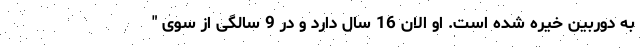
به دوربین خیره شده است. او الان 16 سال دارد و در 9 سالگی از سوی "